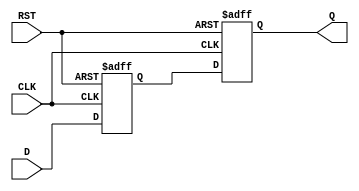
module ms_flip_flop_synchronizer (
    input wire D,        // Asynchronous input signal
    input wire CLK,      // Clock signal
    input wire RST,      // Asynchronous reset signal
    output reg Q         // Synchronized output signal
);
    
    // Internal wires for master flip-flop output
    reg Q_M;            // Output of master flip-flop

    // Master Flip-Flop
    always @(posedge CLK or posedge RST) begin
        if (RST) begin
            Q_M <= 1'b0; // Reset master flip-flop
        end else begin
            Q_M <= D;    // Capture input D on rising edge of CLK
        end
    end

    // Slave Flip-Flop
    always @(posedge CLK or posedge RST) begin
        if (RST) begin
            Q <= 1'b0;   // Reset slave flip-flop
        end else begin
            Q <= Q_M;    // Capture output from master flip-flop
        end
    end

endmodule